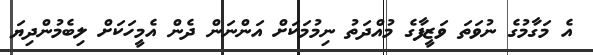
އެ މަގާމުގެ ނުވަތަ ވަޒީފާގެ މުއްދަތު ނިމުމަކަށް އަންނަން ދެން އެމީހަކަަށް ލިބެމުންދިޔަ